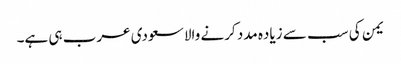
یمن کی سب سے زیاده مدد کرنے والا سعودی عرب ہی ہے۔